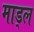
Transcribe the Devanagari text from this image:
माड्ल